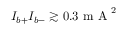
I _ { b + } I _ { b - } \gtrsim 0 . 3 \mathrm { ~ m ~ A ~ } ^ { 2 }